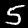
Digit: 5